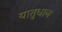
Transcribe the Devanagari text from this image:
यातुधान